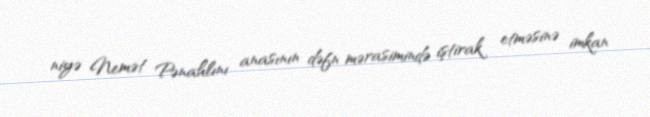
niyə Nemət Pənahlını anasının dəfn mərasimində iştirak etməsinə imkan